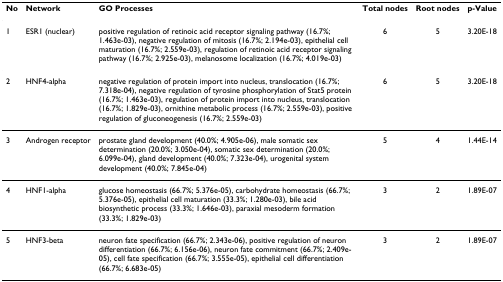
<table><thead><tr><td><b>No</b></td><td><b>Network</b></td><td><b>GO Processes</b></td><td><b>Total nodes</b></td><td><b>Root nodes</b></td><td><b>p-Value</b></td></tr></thead><tbody><tr><td>1</td><td>ESR1 (nuclear)</td><td>positive regulation of retinoic acid receptor signaling pathway (16.7%; 1.463e-03), negative regulation of mitosis (16.7%; 2.194e-03), epithelial cell maturation (16.7%; 2.559e-03), regulation of retinoic acid receptor signaling pathway (16.7%; 2.925e-03), melanosome localization (16.7%; 4.019e-03)</td><td>6</td><td>5</td><td>3.20E-18</td></tr><tr><td>2</td><td>HNF4-alpha</td><td>negative regulation of protein import into nucleus, translocation (16.7%; 7.318e-04), negative regulation of tyrosine phosphorylation of Stat5 protein (16.7%; 1.463e-03), regulation of protein import into nucleus, translocation (16.7%; 1.829e-03), ornithine metabolic process (16.7%; 2.559e-03), positive regulation of gluconeogenesis (16.7%; 2.559e-03)</td><td>6</td><td>5</td><td>3.20E-18</td></tr><tr><td>3</td><td>Androgen receptor</td><td>prostate gland development (40.0%; 4.905e-06), male somatic sex determination (20.0%; 3.050e-04), somatic sex determination (20.0%; 6.099e-04), gland development (40.0%; 7.323e-04), urogenital system development (40.0%; 7.845e-04)</td><td>5</td><td>4</td><td>1.44E-14</td></tr><tr><td>4</td><td>HNF1-alpha</td><td>glucose homeostasis (66.7%; 5.376e-05), carbohydrate homeostasis (66.7%; 5.376e-05), epithelial cell maturation (33.3%; 1.280e-03), bile acid biosynthetic process (33.3%; 1.646e-03), paraxial mesoderm formation (33.3%; 1.829e-03)</td><td>3</td><td>2</td><td>1.89E-07</td></tr><tr><td>5</td><td>HNF3-beta</td><td>neuron fate specification (66.7%; 2.343e-06), positive regulation of neuron differentiation (66.7%; 6.156e-06), neuron fate commitment (66.7%; 2.409e-05), cell fate specification (66.7%; 3.555e-05), epithelial cell differentiation (66.7%; 6.683e-05)</td><td>3</td><td>2</td><td>1.89E-07</td></tr></tbody></table>